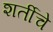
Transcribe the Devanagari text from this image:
शर्तीचे